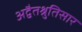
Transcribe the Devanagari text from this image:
अद्वैतश्रुतिसार